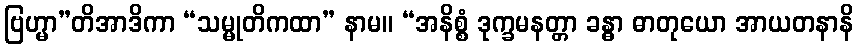
ဗြဟ္မာ”တိအာဒိကာ “သမ္မုတိကထာ” နာမ။ “အနိစ္စံ ဒုက္ခမနတ္တာ ခန္ဓာ ဓာတုယော အာယတနာနိ